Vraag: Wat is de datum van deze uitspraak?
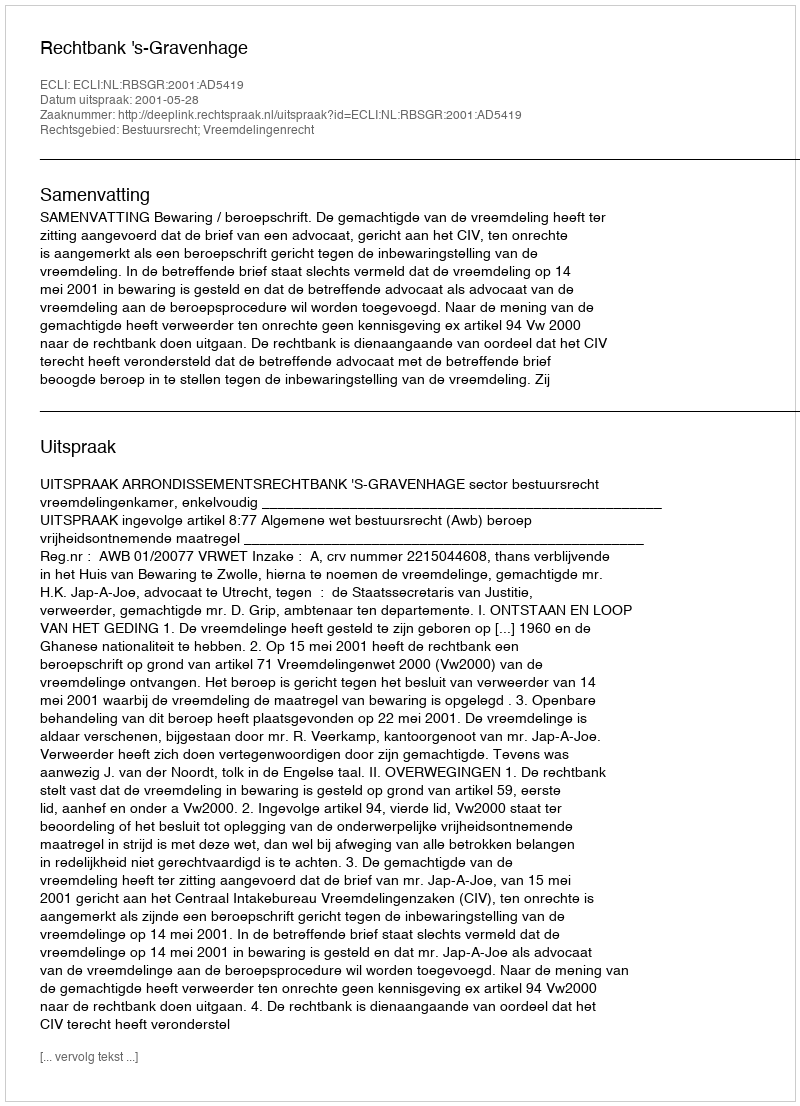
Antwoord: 2001-05-28